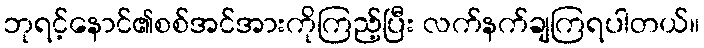
ဘုရင့်နောင်၏စစ်အင်အားကိုကြည့်ပြီး လက်နက်ချကြရပါတယ်။